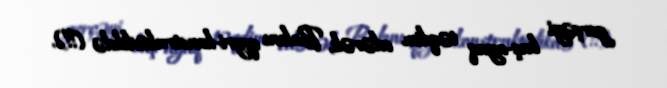
gerçəyi baş-ayaq təqdim edərək, Bakını qeyri-konstruktivlikdə (!!).